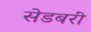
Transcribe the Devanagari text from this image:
सेडबरी